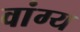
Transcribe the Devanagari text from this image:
वांग्य